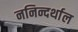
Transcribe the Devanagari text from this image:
ननिन्दर्थाल